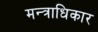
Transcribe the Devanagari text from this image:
मन्त्राधिकार